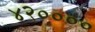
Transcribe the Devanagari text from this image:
४२००००